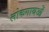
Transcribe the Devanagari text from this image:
लोकगाथओं